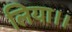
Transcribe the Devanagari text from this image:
लिया।।